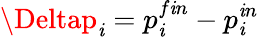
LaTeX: \Deltap_{\mathit{i}}=p_{\mathit{i}}^{f\mathit{i}n}-p_{\mathit{i}}^{\mathit{i}n}